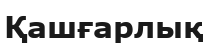
Қашғарлық